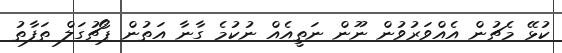
ކުޅޭ މެޗުން އެއްވަރުވުން ނޫން ނަތީއެއް ނުކުމެ ގާނާ އަތުން ޕޯޗުގަލް ތަފާތު